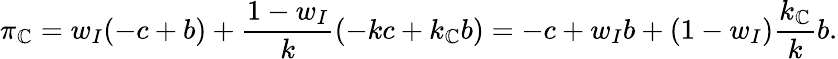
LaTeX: \pi_{\mathbb{C}}=w_{I}(-c+b)+\frac{{1-w_{I}}}{{k}}(-kc+k_{\mathbb{C}}b)=-c+w_{I}b+(1-w_{I})\frac{{k_{\mathbb{C}}}}{{k}}b.